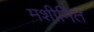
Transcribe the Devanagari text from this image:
मशीनित